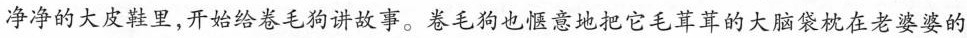
净净的大皮鞋里，开始给卷毛狗讲故事。卷毛狗也惬意地把它毛茸茸的大脑袋枕在老婆婆的